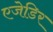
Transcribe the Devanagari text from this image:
एजेडिर